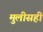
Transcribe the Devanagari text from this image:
मुलीसही